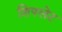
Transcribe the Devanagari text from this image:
शिफ्लेट